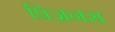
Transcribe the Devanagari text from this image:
प्रिज़नस